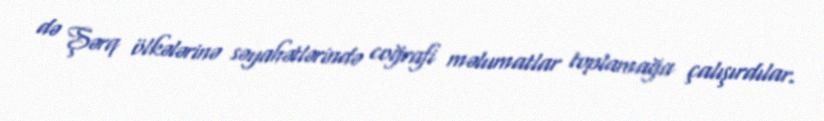
də Şərq ölkələrinə səyahətlərində coğrafi məlumatlar toplamağa çalışırdılar.